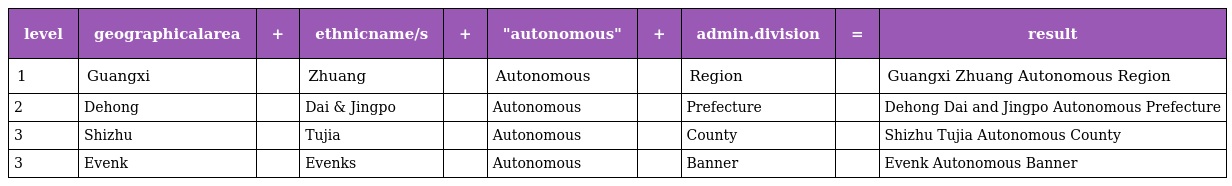
| level | geographicalarea | + | ethnicname/s | + | "autonomous" | + | admin.division | = | result |
 | --- | --- | --- | --- | --- | --- | --- | --- | --- | --- |
 | 1 | Guangxi |  | Zhuang |  | Autonomous |  | Region |  | Guangxi Zhuang Autonomous Region |
 | 2 | Dehong |  | Dai & Jingpo |  | Autonomous |  | Prefecture |  | Dehong Dai and Jingpo Autonomous Prefecture |
 | 3 | Shizhu |  | Tujia |  | Autonomous |  | County |  | Shizhu Tujia Autonomous County |
 | 3 | Evenk |  | Evenks |  | Autonomous |  | Banner |  | Evenk Autonomous Banner |